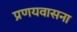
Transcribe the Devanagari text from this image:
प्रणयवासना